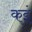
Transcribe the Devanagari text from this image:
कइं